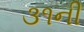
૩૧ની